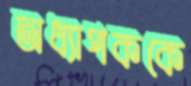
অধ্যাপককে